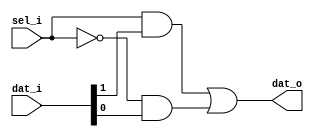
module mux_2_to_1
  (
    input sel_i,
    input [1:0] dat_i,
    output dat_o
  );

  assign dat_o = sel_i && dat_i[1] || ~sel_i && dat_i[0];

endmodule